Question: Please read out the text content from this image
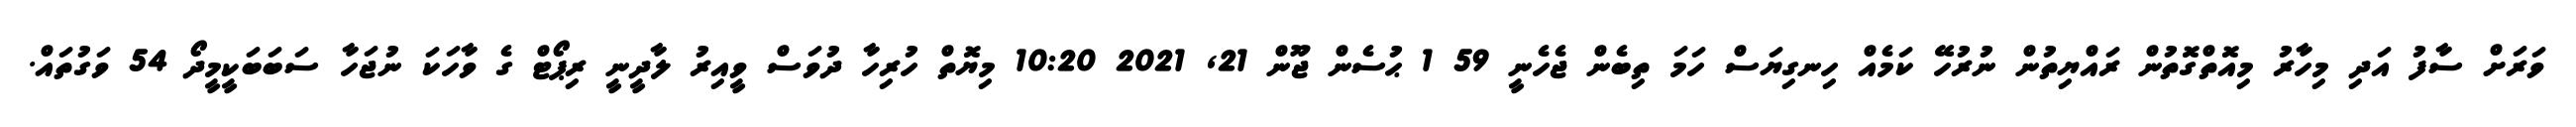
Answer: ވަރަށް ސާފު އަދި މިހާރު މިއޮތްގޮތުން ރައްޔިތުން ނުރުހޭ ކަމެއް ހިނގިޔަސް ހަމަ ތިބެން ޖެހެނީ 59 1 ޙުސެން ޖޫން 21, 2021 10:20 މިޔޮތް ހުރިހާ ދުވަސް ވީއިރު ލާދީނީ ރިޕޯޓް ގެ ވާހަކަ ނުޖަހާ ސަބަބަކީމީދޯ 54 ވަގުތައް.